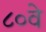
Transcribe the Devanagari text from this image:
८०वे